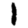
Digit: 1